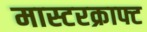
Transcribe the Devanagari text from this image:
मास्टरक्राफ्ट